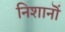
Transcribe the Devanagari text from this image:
निशानॊं